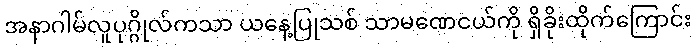
အနာဂါမ်လူပုဂ္ဂိုလ်ကသာ ယနေ့ပြုသစ် သာမဏေငယ်ကို ရှိခိုးထိုက်ကြောင်း